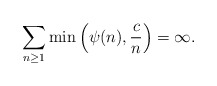
\begin{align*}\sum_{n\geq 1}\min\left(\psi(n),\frac{c}{n}\right)=\infty.\end{align*}